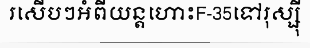
រសើបៗអំពីយន្តហោះF-35ទៅរុស្ស៊ី